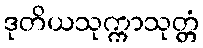
ဒုတိယသုက္ကာသုတ္တံ